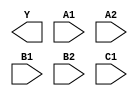
/**
 * Copyright 2020 The SkyWater PDK Authors
 *
 * Licensed under the Apache License, Version 2.0 (the "License");
 * you may not use this file except in compliance with the License.
 * You may obtain a copy of the License at
 *
 *     https://www.apache.org/licenses/LICENSE-2.0
 *
 * Unless required by applicable law or agreed to in writing, software
 * distributed under the License is distributed on an "AS IS" BASIS,
 * WITHOUT WARRANTIES OR CONDITIONS OF ANY KIND, either express or implied.
 * See the License for the specific language governing permissions and
 * limitations under the License.
 *
 * SPDX-License-Identifier: Apache-2.0
 */

`ifndef SKY130_FD_SC_HS__A221OI_BLACKBOX_V
`define SKY130_FD_SC_HS__A221OI_BLACKBOX_V

/**
 * a221oi: 2-input AND into first two inputs of 3-input NOR.
 *
 *         Y = !((A1 & A2) | (B1 & B2) | C1)
 *
 * Verilog stub definition (black box without power pins).
 *
 * WARNING: This file is autogenerated, do not modify directly!
 */

`timescale 1ns / 1ps
`default_nettype none

(* blackbox *)
module sky130_fd_sc_hs__a221oi (
    Y ,
    A1,
    A2,
    B1,
    B2,
    C1
);

    output Y ;
    input  A1;
    input  A2;
    input  B1;
    input  B2;
    input  C1;

    // Voltage supply signals
    supply1 VPWR;
    supply0 VGND;

endmodule

`default_nettype wire
`endif  // SKY130_FD_SC_HS__A221OI_BLACKBOX_V